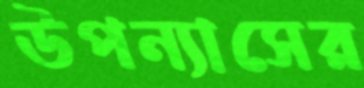
উপন্যাসের